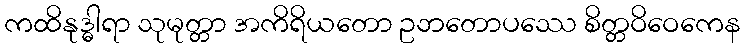
ကထိနုဒ္ဓါရာ သုမုတ္တာ အကိရိယတော ဥဘတောပဿေ စိတ္တဝိဝေကေန